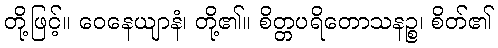
တို့ဖြင့်။ ဝေနေယျာနံ၊ တို့၏။ စိတ္တပရိတောသနဉ္စ၊ စိတ်၏